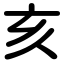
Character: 亥